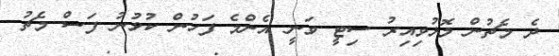
ދެ މެޗުން މޮޅުވިއިރު ސިޓީ ވަނީ އެންމެ ފަހުން ކުޅުނު ފަސް މެޗު